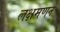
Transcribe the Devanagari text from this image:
लक्षमणन